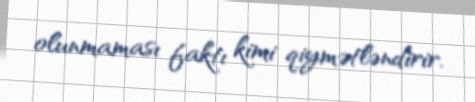
olunmaması faktı kimi qiymətləndirir.